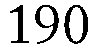
190